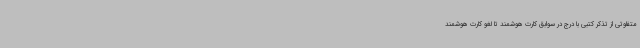
متفاوتی از تذکر کتبی با درج در سوابق کارت هوشمند تا لغو کارت هوشمند